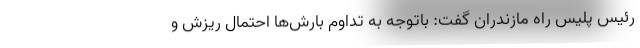
رئیس پلیس راه مازندران گفت: باتوجه به تداوم بارش‌ها احتمال ریزش و